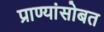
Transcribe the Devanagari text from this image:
प्राण्यांसोबत